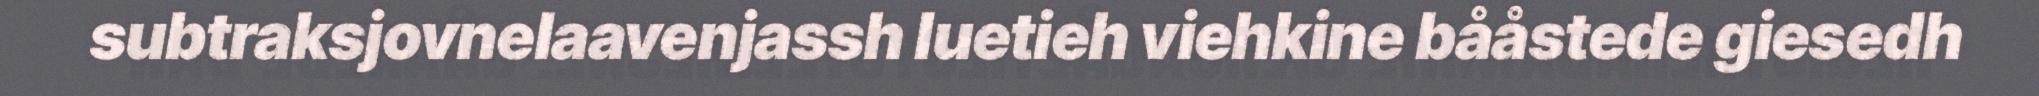
subtraksjovnelaavenjassh luetieh viehkine bååstede giesedh